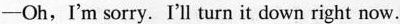
——Oh,I'm sorry. I'll turn it down right now.